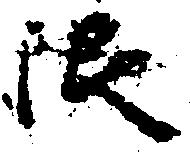
限